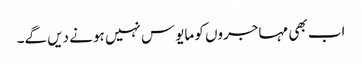
اب بھی مہاجروں کو مایوس نہیں ہونے دیں گے۔